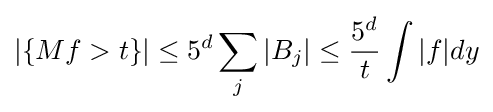
|\{Mf>t\}|\leq 5^{d}\sum _{j}|B_{j}|\leq {5^{d} \over t}\int |f|dy